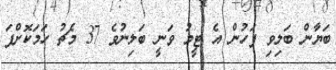
ބަޔާން ބަލިވި ފަހުން އެ ޓީމު ވަނީ ބަލިނުވެ 37 މެޗު ހަމަކޮށްފަ